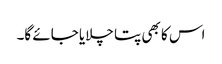
اس کا بھی پتا چلایا جائے گا۔